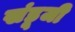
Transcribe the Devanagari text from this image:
खंडूजी